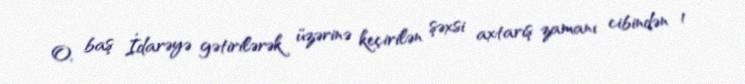
O, baş İdarəyə gətirilərək üzərinə keçirilən şəxsi axtarış zamanı cibindən 1